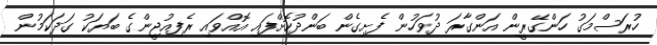
ހުރަސްމަގު ހަންގޭރީން އަންގާރަ ދުވަހުން ފެށިގެން ބަންދުކޮށްފައި އޮއްވައި ރެފިއުޖީންގެ ބަޔަކު ގަދަކަމުން